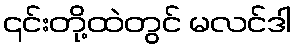
၎င်းတို့ထဲတွင် မလင်ဒါ